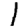
Digit: 1